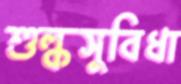
শুল্কসুবিধা